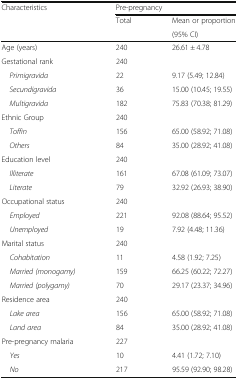
| <ROWSPAN=3> Characteristics | <COLSPAN=2> Pre-pregnancy |
 | <ROWSPAN=2> Total | Mean or proportion |
 | (95% CI) |
 | --- | --- | --- |
 | Age (years) | 240 | 26.61 ± 4.78 |
 | Gestational rank | 240 |  |
 | Primigravida | 22 | 9.17 (5.49; 12.84) |
 | Secundigravida | 36 | 15.00 (10.45; 19.55) |
 | Multigravida | 182 | 75.83 (70.38; 81.29) |
 | Ethnic Group | 240 |  |
 | Toffin | 156 | 65.00 (58.92; 71.08) |
 | Others | 84 | 35.00 (28.92; 41.08) |
 | Education level | 240 |  |
 | Illiterate | 161 | 67.08 (61.09; 73.07) |
 | Literate | 79 | 32.92 (26.93; 38.90) |
 | Occupational status | 240 |  |
 | Employed | 221 | 92.08 (88.64; 95.52) |
 | Unemployed | 19 | 7.92 (4.48; 11.36) |
 | Marital status | 240 |  |
 | Cohabitation | 11 | 4.58 (1.92; 7.25) |
 | Married (monogamy) | 159 | 66.25 (60.22; 72.27) |
 | Married (polygamy) | 70 | 29.17 (23.37; 34.96) |
 | Residence area | 240 |  |
 | Lake area | 156 | 65.00 (58.92; 71.08) |
 | Land area | 84 | 35.00 (28.92; 41.08) |
 | Pre-pregnancy malaria | 227 |  |
 | Yes | 10 | 4.41 (1.72; 7.10) |
 | No | 217 | 95.59 (92.90; 98.28) |